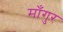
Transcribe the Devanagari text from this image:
माँगुर